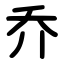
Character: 乔